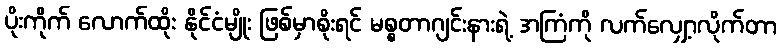
ပိုးကိုက် လောက်ထိုး နိုင်ငံမျိုး ဖြစ်မှာစိုးရင် မစ္စတာဂျင်းနားရဲ့ အကြံကို လက်လျှော့လိုက်တာ